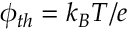
\phi _ { t h } = k _ { B } T / e